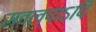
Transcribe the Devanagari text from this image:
स्वल्पाऽपि